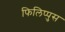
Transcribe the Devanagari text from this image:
फिलिप्पुस